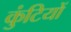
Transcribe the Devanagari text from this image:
कुंटियों